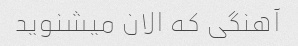
آهنگی که الان میشنوید